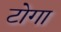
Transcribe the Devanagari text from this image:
टोगा